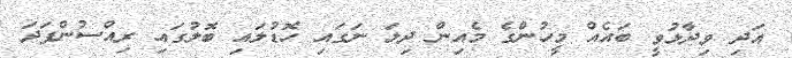
އަދި ވިދާޅުވީ ބައެއް މީހުންގެ މެއިން ދިލަ ނަގައި ހޮޑުލައި ބޮލުގައި ރިއްސުންފަދަ